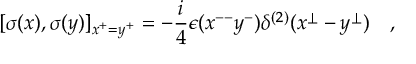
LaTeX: [ \sigma ( x ) , \sigma ( y ) ] _ { x ^ { + } = y ^ { + } } = - \frac { i } { 4 } \epsilon ( x ^ { -- } y ^ { - } ) \delta ^ { ( 2 ) } ( x ^ { \perp } - y ^ { \perp } ) \quad ,